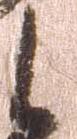
候